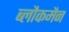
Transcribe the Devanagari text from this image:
ब्लौकमैन